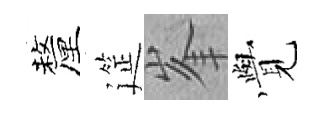
釐筵峯𮗜